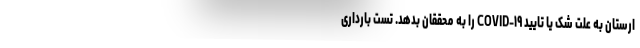
ارستان به علت شک یا تایید COVID-۱۹ را به محققان بدهد. تست بارداری